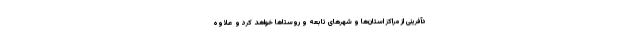
دآفرینی از مراکز استان‌ها و شهرهای تابعه و روستاها خواهد کرد و علاوه